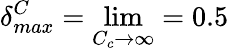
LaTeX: \delta_{max}^{C}=\operatorname*{lim}_{{C_{c}\rightarrow\infty}}=0.5